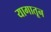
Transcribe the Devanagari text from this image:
यागातून